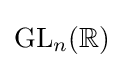
\operatorname {GL} _{n}(\mathbb {R} )